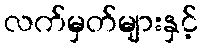
လက်မှတ်များနှင့်